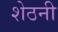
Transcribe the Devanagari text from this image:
शेठनी